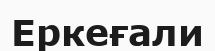
Еркеғали